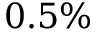
0 . 5 \%